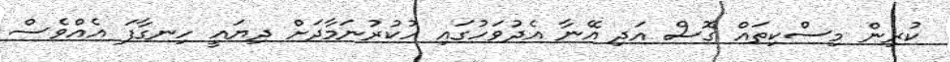
ކުރިން މިސްކިތައް ގޮސް އަދި އޭނާ އެދުވަހުގައި ހުކުރުނަމާދަށް ދިޔައީ ހިނގާފަ އެއްވެސް